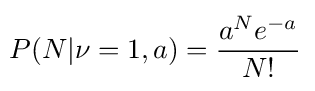
\!P(N|\nu =1,a)={\frac {a^{N}e^{-a}}{N!}}